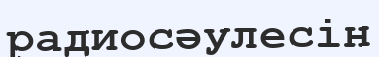
радиосәулесін